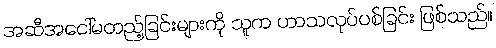
အဆီအငေါ်မတည့်ခြင်းများကို သူက ဟာသလုပ်ပစ်ခြင်း ဖြစ်သည်။